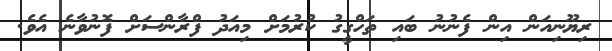
ރިޔޫނިއަން އިން ފެނުނު ބައި ތަހްގީގު ކުރުމަށް މިއަދު ފްރާންސަށް ފޮނުވާނެ އެވެ.